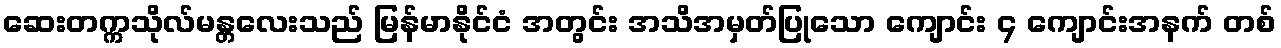
ဆေးတက္ကသိုလ်မန္တလေးသည် မြန်မာနိုင်ငံ အတွင်း အသိအမှတ်ပြုသော ကျောင်း ၄ ကျောင်းအနက် တစ်